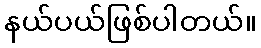
နယ်ပယ်ဖြစ်ပါတယ်။